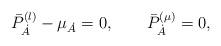
LaTeX: \begin{align*}\bar{P}^{(\l )}_{\dot{A}} - \mu_{\dot{A}}= 0, \qquad\bar{P}^{(\mu )}_{\dot{A}} = 0,\end{align*}